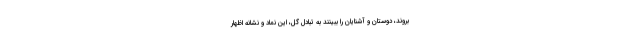
بروند، دوستان و آشنایان را ببینند به تبادل گل، این نماد و نشانه اظهار